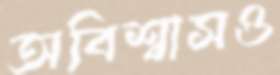
অবিশ্বাসও